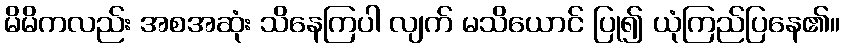
မိမိကလည်း အစအဆုံး သိနေကြပါ လျက် မသိယောင် ပြု၍ ယုံကြည်ပြနေ၏။